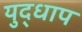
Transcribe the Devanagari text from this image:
युद्धाप